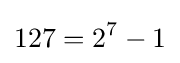
127=2^{7}-1